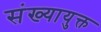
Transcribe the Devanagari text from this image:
संख्यायुक्त